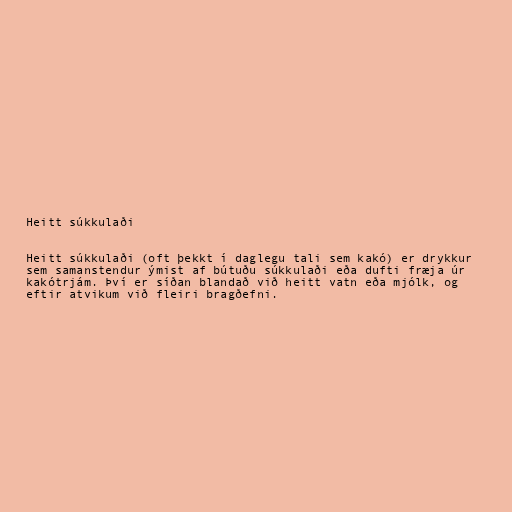
Heitt súkkulaði

Heitt súkkulaði (oft þekkt í daglegu tali sem kakó) er drykkur
sem samanstendur ýmist af bútuðu súkkulaði eða dufti fræja úr
kakótrjám. Því er síðan blandað við heitt vatn eða mjólk, og
eftir atvikum við fleiri bragðefni.